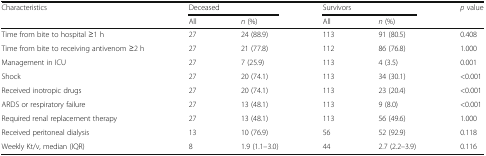
<table><thead><tr><td rowspan="2"><b>Characteristics</b></td><td colspan="2"><b>Deceased</b></td><td colspan="2"><b>Survivors</b></td><td><b><i>p</i> value</b></td></tr><tr><td><b>All</b></td><td><b><i>n</i> (%)</b></td><td><b>All</b></td><td><b><i>n</i> (%)</b></td><td></td></tr></thead><tbody><tr><td>Time from bite to hospital ≥1 h</td><td>27</td><td>24 (88.9)</td><td>113</td><td>91 (80.5)</td><td>0.408</td></tr><tr><td>Time from bite to receiving antivenom ≥2 h</td><td>27</td><td>21 (77.8)</td><td>112</td><td>86 (76.8)</td><td>1.000</td></tr><tr><td>Management in ICU</td><td>27</td><td>7 (25.9)</td><td>113</td><td>4 (3.5)</td><td>0.001</td></tr><tr><td>Shock</td><td>27</td><td>20 (74.1)</td><td>113</td><td>34 (30.1)</td><td>&lt;0.001</td></tr><tr><td>Received inotropic drugs</td><td>27</td><td>20 (74.1)</td><td>113</td><td>23 (20.4)</td><td>&lt;0.001</td></tr><tr><td>ARDS or respiratory failure</td><td>27</td><td>13 (48.1)</td><td>113</td><td>9 (8.0)</td><td>&lt;0.001</td></tr><tr><td>Required renal replacement therapy</td><td>27</td><td>13 (48.1)</td><td>113</td><td>56 (49.6)</td><td>1.000</td></tr><tr><td>Received peritoneal dialysis</td><td>13</td><td>10 (76.9)</td><td>56</td><td>52 (92.9)</td><td>0.118</td></tr><tr><td>Weekly Kt/v, median (IQR)</td><td>8</td><td>1.9 (1.1–3.0)</td><td>44</td><td>2.7 (2.2–3.9)</td><td>0.116</td></tr></tbody></table>